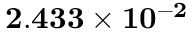
\mathbf { 2 . 4 3 3 \times 1 0 ^ { - 2 } }